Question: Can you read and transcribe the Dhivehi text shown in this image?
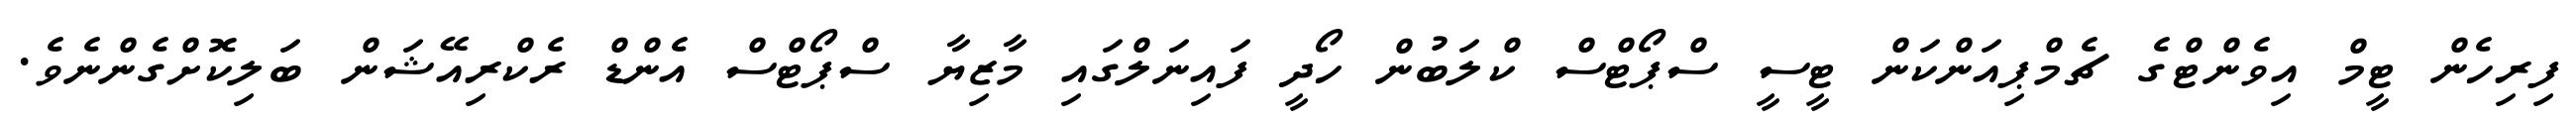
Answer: ފިރިހެން ޓީމް އިވެންޓްގެ ޗެމްޕިއަންކަން ޓީސީ ސްޕޯޓްސް ކްލަބުން ހޯދީ ފައިނަލްގައި މާޒިޔާ ސްޕޯޓްސް އެންޑް ރެކްރިއޭޝަން ބަލިކޮށްގެންނެވެ.